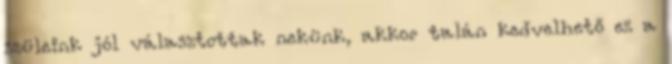
szüleink jól választottak nekünk, akkor talán kedvelhető ez a